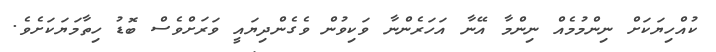
ކުއްހިޔަކަށް ނިންމުމެއް ނިންމާ އޭނާ އަހަރެންނާ ވަކިވުން ވެގެންދިޔައީ ވަރަށްވެސް ބޮޑު ހިތާމަޔަކަށެވެ.